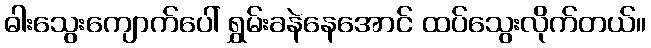
ဓါးသွေးကျောက်ပေါ် ရွှမ်းခနဲနေအောင် ထပ်သွေးလိုက်တယ်။